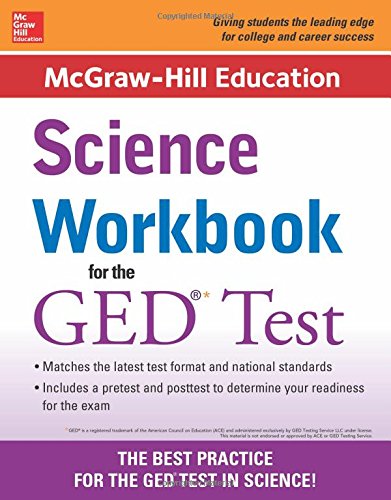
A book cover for McGraw-Hill Education Science Workbook for the GED Test; McGraw-Hill Education Editors; Test Preparation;